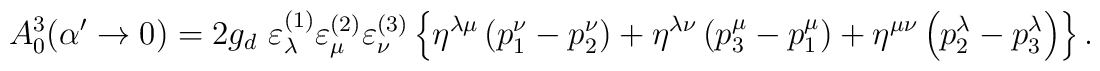
A_{0}^{3}(\alpha^{\prime }\rightarrow 0)=2g_{d}\,\,\varepsilon^{(1)}_{\lambda}\varepsilon^{(2)}_{\mu }\varepsilon^{(3)}_{\nu }\left\{ \eta ^{\lambda \mu}\left( p_{1}^{\nu }-p_{2}^{\nu }\right) +\eta ^{\lambda \nu }\left(p_{3}^{\mu }-p_{1}^{\mu }\right) +\eta ^{\mu \nu }\left( p_{2}^{\lambda}-p_{3}^{\lambda }\right) \right\} .